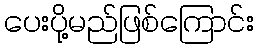
ပေးပို့မည်ဖြစ်ကြောင်း